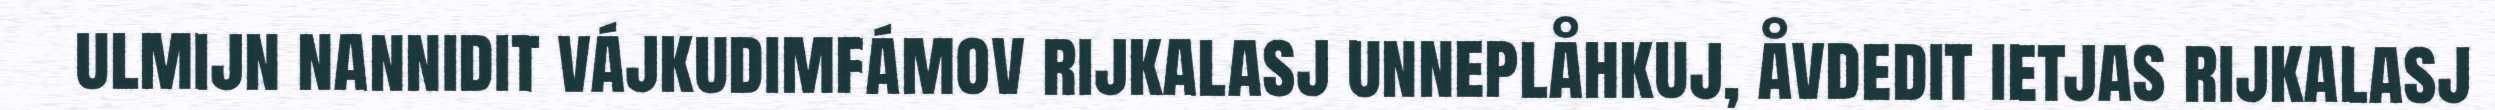
ulmijn nannidit vájkudimfámov rijkalasj unneplåhkuj, åvdedit ietjas rijkalasj